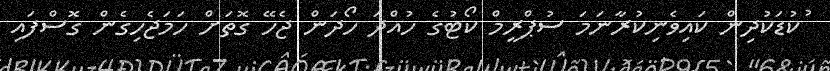
ުކުޑަކުދިން ކައިވެނިކުރާނަމަ ސުޕްރީމް ކޯޓުގެ ހުއްދަ ހޯދަން ޖެހޭ ގޮތަށް ހަމަޖެހިގެން ގޮސްފައި